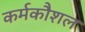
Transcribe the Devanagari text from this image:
कर्मकौशल